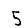
Digit: 5